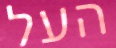
העל